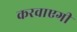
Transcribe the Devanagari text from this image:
करवाएगी